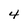
Character: 4